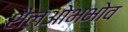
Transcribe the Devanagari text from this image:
शैलओभभोव